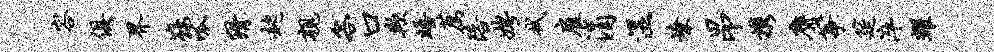
容俱界鞍呱猾趑亲客口欺晤荐陪娉拭雇涓湿燎昂携膺筝筵淬耀